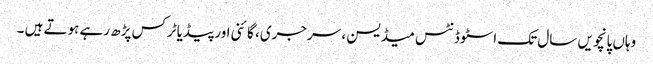
وہاں پانچویں سال تک اسٹوڈنٹس میڈیسن ، سرجری، گائنی اور پیڈیاٹرکس پڑھ رہے ہوتے ہیں ۔